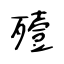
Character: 殪